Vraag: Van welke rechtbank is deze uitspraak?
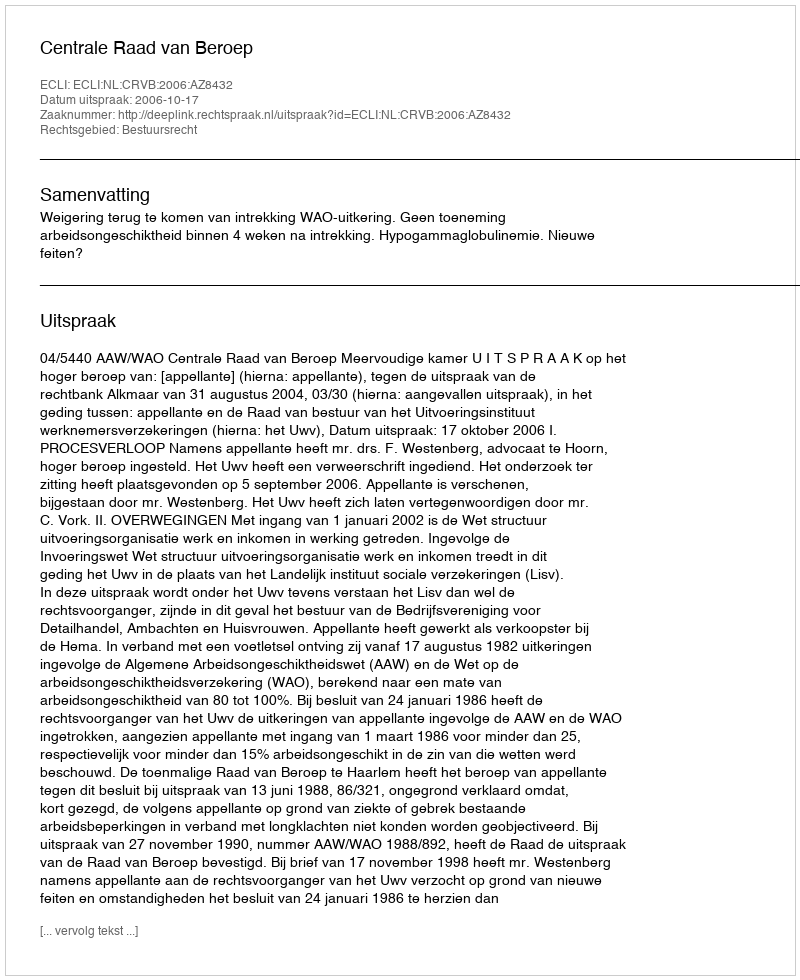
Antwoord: Centrale Raad van Beroep